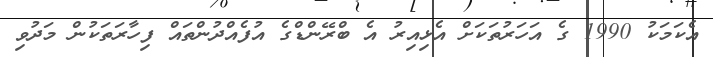
އެކަމަކު 1990 ގެ އަހަރުތަކަށް އެޅިއިރު އެ ބްރޭންޑްގެ އުފެއްދުންތައް ފިހާރަތަކުން މަދުވި